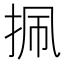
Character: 㧩